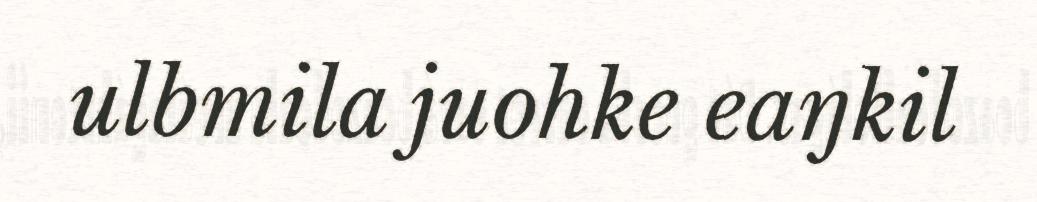
ulbmila juohke eaŋkil